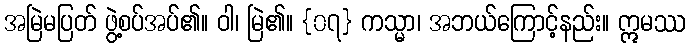
အမြဲမပြတ် ဖွဲ့စပ်အပ်၏။ ဝါ၊ မြဲ၏။ {၀၇} ကသ္မာ၊ အဘယ်ကြောင့်နည်း။ ဣမဿ